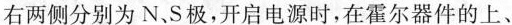
右两侧分别为N、S极，开启电源时，在霍尔器件的上、